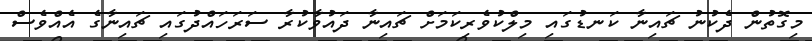
މިގޮތުން ދެކުނު ޗައިނާ ކަނޑުގައި މިލްކުވެރިކަމަށް ޗައިނާ ދައުވާކުރާ ސަރަހައްދުގައި ޗައިނާގެ އެއްވެސް